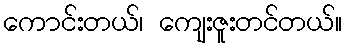
ကောင်းတယ်၊ ကျေးဇူးတင်တယ်။